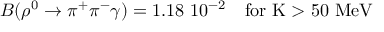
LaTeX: B ( \rho ^ { 0 } \rightarrow \pi ^ { + } \pi ^ { - } \gamma ) = 1 . 1 8 \, \, 1 0 ^ { - 2 } \quad \mathrm { f o r ~ K > 5 0 ~ M e V }